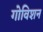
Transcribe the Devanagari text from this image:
गोविशन